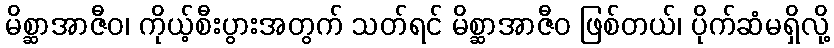
မိစ္ဆာအာဇီဝ၊ ကိုယ့်စီးပွားအတွက် သတ်ရင် မိစ္ဆာအာဇီဝ ဖြစ်တယ်၊ ပိုက်ဆံမရှိလို့